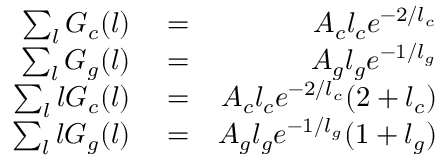
\begin{array} { r l r } { \sum _ { l } G _ { c } ( l ) } & { { } = } & { A _ { c } l _ { c } e ^ { - 2 / l _ { c } } } \\ { \sum _ { l } G _ { g } ( l ) } & { { } = } & { A _ { g } l _ { g } e ^ { - 1 / l _ { g } } } \\ { \sum _ { l } l G _ { c } ( l ) } & { { } = } & { A _ { c } l _ { c } e ^ { - 2 / l _ { c } } ( 2 + l _ { c } ) } \\ { \sum _ { l } l G _ { g } ( l ) } & { { } = } & { A _ { g } l _ { g } e ^ { - 1 / l _ { g } } ( 1 + l _ { g } ) } \end{array}